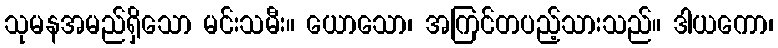
သုမနအမည်ရှိသော မင်းသမီး။ ယောသော၊ အကြင်တပည့်သားသည်။ ဒါယကော၊